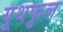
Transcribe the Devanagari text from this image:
यूथफुल